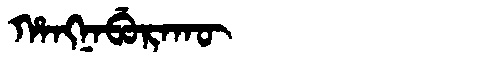
Manchu: ᡥᠠᠩᠨᠠᠪᡠᡵᠠᡴᡡ
Romanization: HANGNABURAKŪ